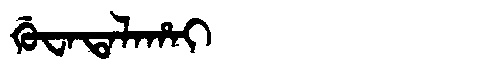
Manchu: ᡤᡠᠸᠠᡨᠠᠯᠠᡥᠠᡳ
Romanization: GUWATALAHAI